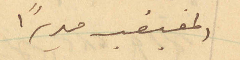
المغبغب مديراً